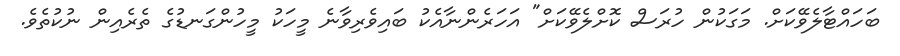
ބަހައްޓާލެވޭކަށް. މަގަކުން ހުރަސް ކޮށްލެވޭކަށް" އަހަރެންނާއެކު ބައިވެރިވާނެ މީހަކު މީހުންގަނޑުގެ ތެރެއިން ނުކުތެވެ.